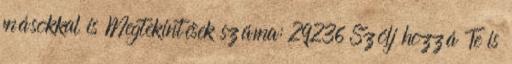
másokkal is Megtekintések száma: 29236 Szólj hozzá Te is